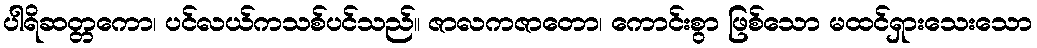
ပါရိဆတ္တကော၊ ပင်လယ်ကသစ်ပင်သည်။ ဇာလကဇာတော၊ ကောင်းစွာ ဖြစ်သော မထင်ရှားသေးသော